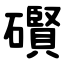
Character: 礥